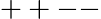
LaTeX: ++--